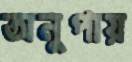
অনুপায়